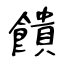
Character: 饋